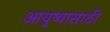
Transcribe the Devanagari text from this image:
आयुष्यासाठी